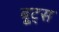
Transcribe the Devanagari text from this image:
बू्ट्स